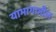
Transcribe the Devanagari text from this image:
याभागातील